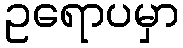
ဥရောပမှာ